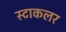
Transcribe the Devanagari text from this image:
स्टाकलर